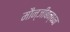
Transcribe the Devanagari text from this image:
मौन्जीबन्धन